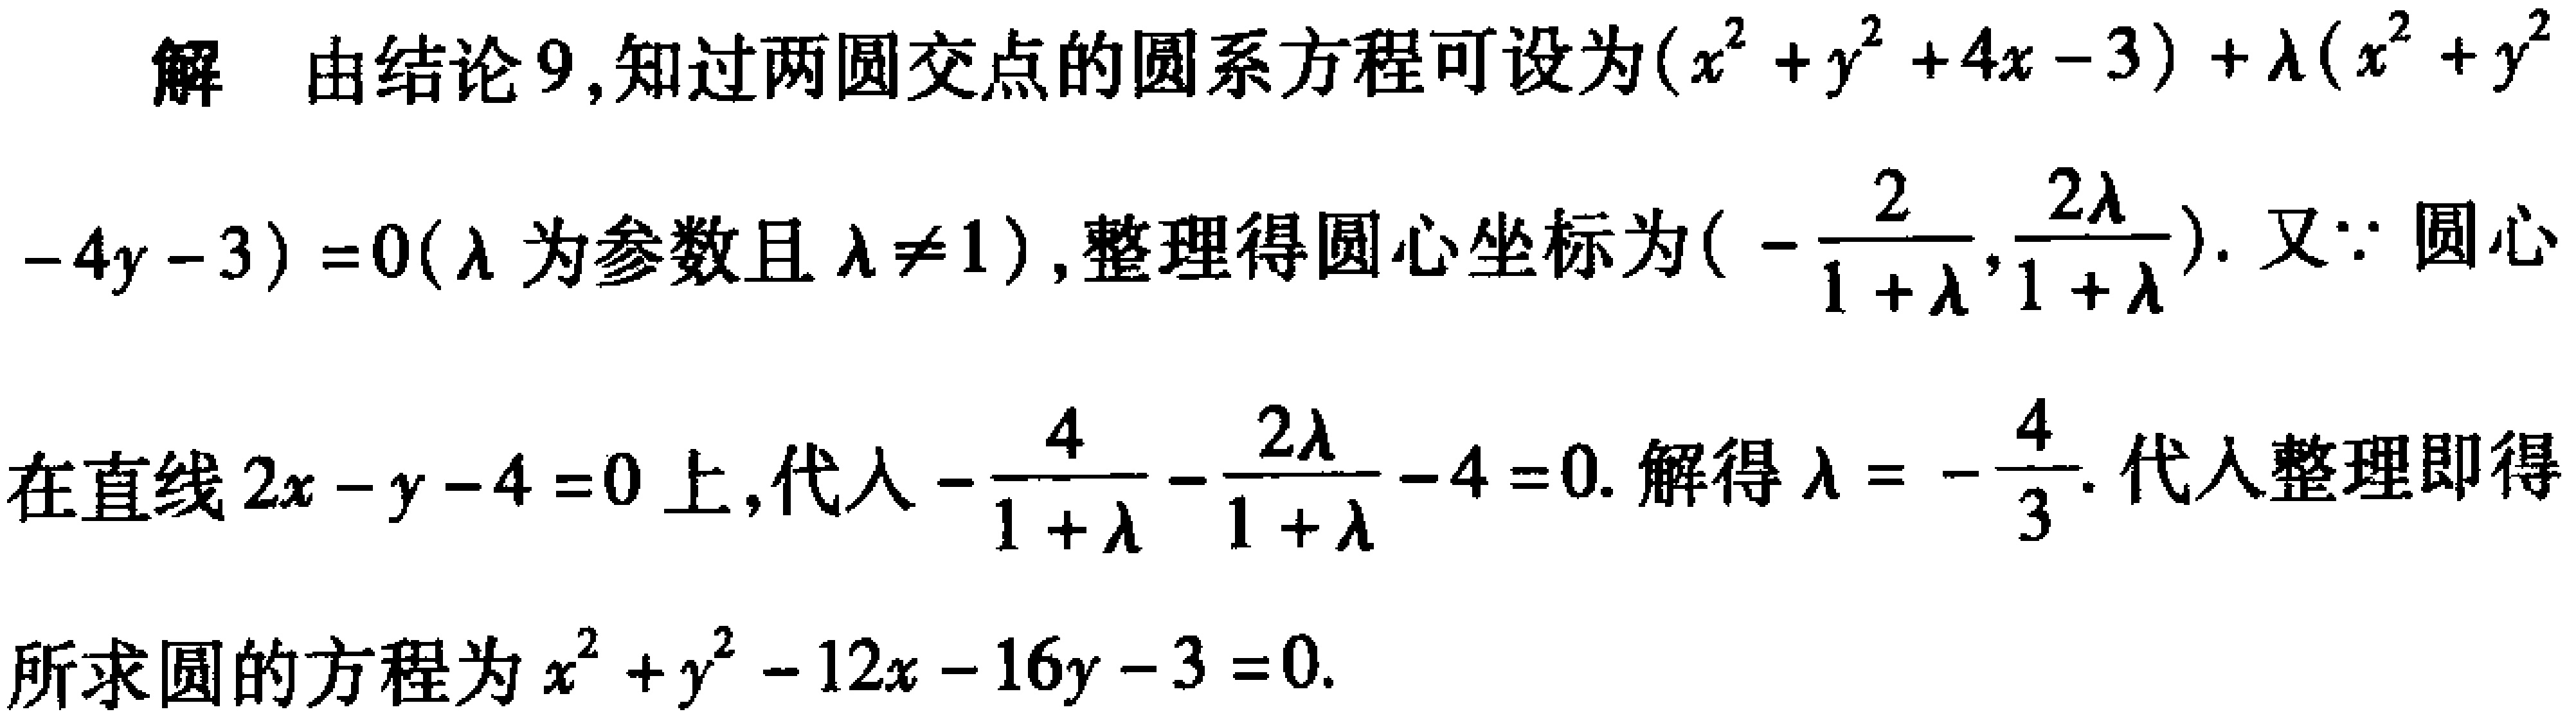
解 由结论 9,知过两圆交点的圆系方程可设为\((x^{2}+y^{2}+4x - 3)+\lambda(x^{2}+y^{2}-4y - 3)=0(\lambda\)为参数且\(\lambda\neq1)\),整理得圆心坐标为\((-\frac{2}{1 + \lambda},\frac{2\lambda}{1 + \lambda})\). 又\(\because\)圆心在直线\(2x - y - 4 = 0\)上,代入\(-\frac{4}{1 + \lambda}-\frac{2\lambda}{1 + \lambda}-4 = 0\). 解得\(\lambda = -\frac{4}{3}\). 代入整理即得所求圆的方程为\(x^{2}+y^{2}-12x - 16y - 3 = 0\).